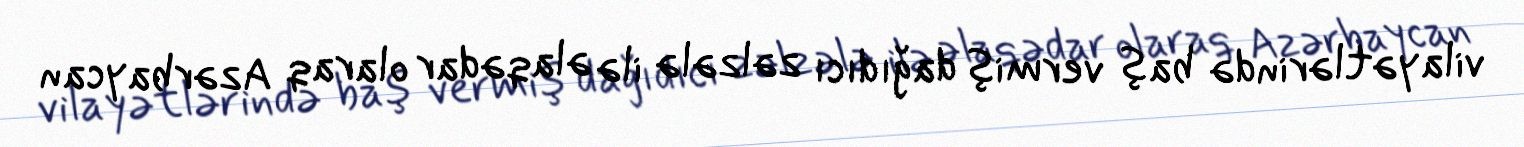
vilayətlərində baş vermiş dağıdıcı zəlzələ ilə əlaqədar olaraq Azərbaycan